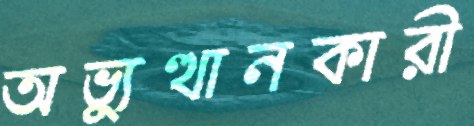
অভ্যুত্থানকারী